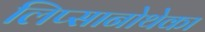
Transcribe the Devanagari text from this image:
लिप्सानोथेका